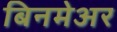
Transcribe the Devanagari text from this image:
बिनमेअर